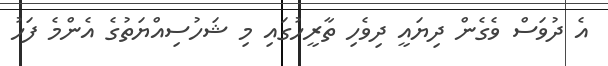
އެ ދުވަސް ވެގެން ދިޔައީ ދިވެހި ތާރީހުގައި މި ޝަހުސިއްޔަތުގެ އެންމެ ފަހު